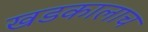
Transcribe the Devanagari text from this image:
खडकालाच